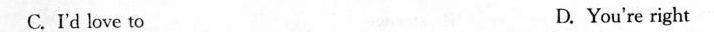
C.I'd love to D. You're right